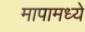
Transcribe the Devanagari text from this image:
मापामध्ये